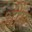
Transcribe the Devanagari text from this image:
शींग